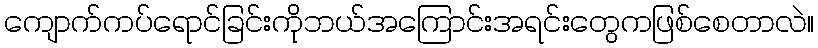
ကျောက်ကပ်ရောင်ခြင်းကိုဘယ်အကြောင်းအရင်းတွေကဖြစ်စေတာလဲ။